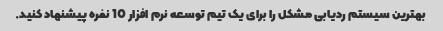
بهترین سیستم ردیابی مشکل را برای یک تیم توسعه نرم افزار 10 نفره پیشنهاد کنید.